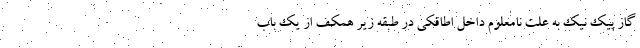
گاز پیک نیک به علت نامعلوم داخل اطاقکی در طبقه زیر همکف از یک باب